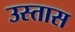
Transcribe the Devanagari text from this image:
उस्तास